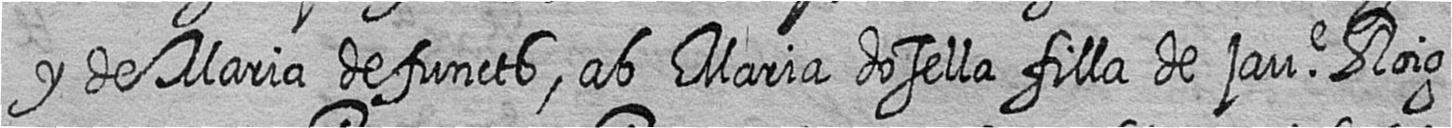
y de Maria defuncts ab Maria dosella filla de jaue Roig